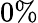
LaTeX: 0\%